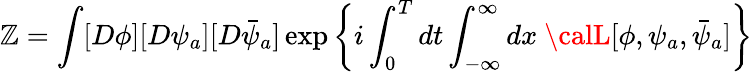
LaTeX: \mathbb{Z}=\int[D\phi][D\psi_{a}][D\bar{{\psi}}_{a}]\exp\left\{ i\int_{0}^{T}dt\int_{-\infty}^{\infty}dx\ {\calL}[\phi,\psi_{a},\bar{{\psi}}_{a}]\right\}